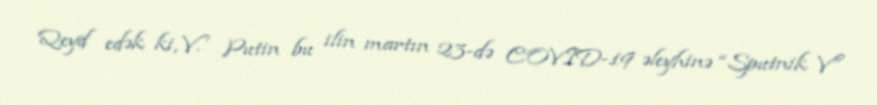
Qeyd edək ki, V. Putin bu ilin martın 23-də COVID-19 əleyhinə “Sputnik V”